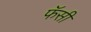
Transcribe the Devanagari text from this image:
फॅसी